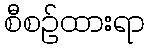
စီစဉ်ထားရာ